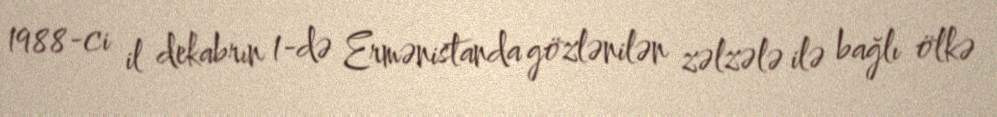
1988-ci il dekabrın 1-də Ermənistanda gözlənilən zəlzələ ilə bağlı ölkə